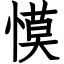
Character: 慔